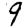
Digit: 9